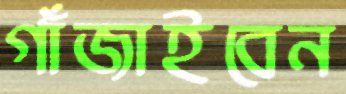
গাঁজাইবেন